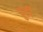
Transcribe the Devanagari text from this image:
पुर्ती